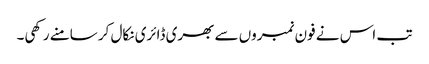
تب اس نے فون نمبروں سے بھری ڈائری نکال کر سامنے رکھی۔